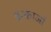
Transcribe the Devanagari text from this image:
इन्काओं